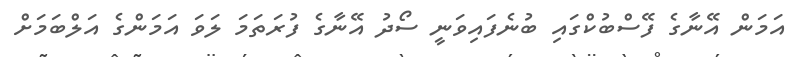
އަމަން އޭނާގެ ފޭސްބުކްގައި ބުނެފައިވަނީ ސޯދު އޭނާގެ ފުރަތަމަ ލަވަ އަމަންގެ އަލްބަމަށް